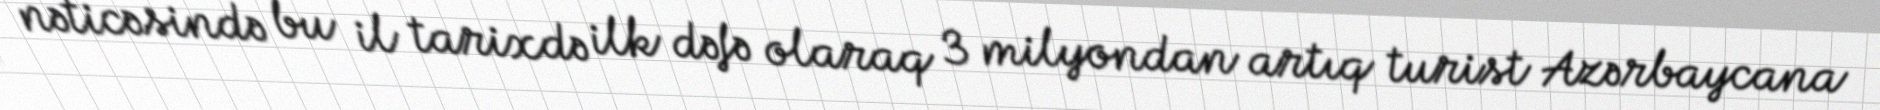
nəticəsində bu il tarixdə ilk dəfə olaraq 3 milyondan artıq turist Azərbaycana